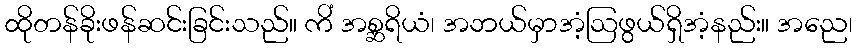
ထိုတန်ခိုးဖန်ဆင်းခြင်းသည်။ ကိံ အစ္ဆရိယံ၊ အဘယ်မှာအံ့ဩဖွယ်ရှိအံ့နည်း။ အညေ၊